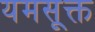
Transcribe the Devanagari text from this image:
यमसूक्त